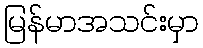
မြန်မာအသင်းမှာ